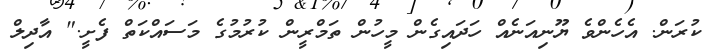
ކުރަން. އެހެންވެ ޔޫނިއަނެއް ހަދައިގެން މީހުން ތަމްރީން ކުރުމުގެ މަސައްކަތް ފެށީ." އާދިލް